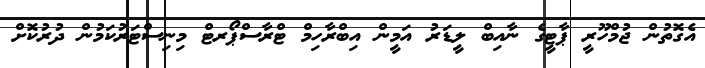
އެގޮތުން ޖުމްހޫރީ ޕާޓީގެ ނާއިބް ލީޑަރު އަމީން އިބްރާހިމް ޓްރާސްޕޯރޓް މިނިސްޓަރުކަމުން ދުރުކޮށް